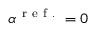
\alpha ^ { \mathrm { ~ r ~ e ~ f ~ . ~ } } = 0